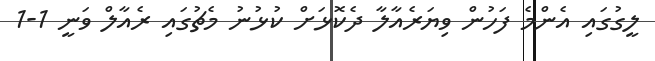
ލީގުގައި އެންމެ ފަހުން ވިޔަރެއާލާ ދެކޮޅަށް ކުޅުނު މެޗުގައި ރެއާލް ވަނީ 1-1